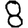
Digit: 8